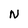
Character: N